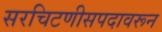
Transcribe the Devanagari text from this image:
सरचिटणीसपदावरून